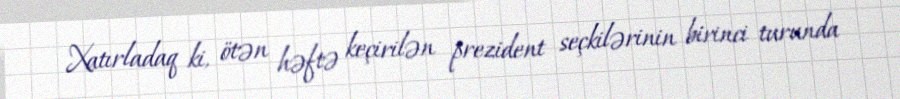
Xatırladaq ki, ötən həftə keçirilən prezident seçkilərinin birinci turunda